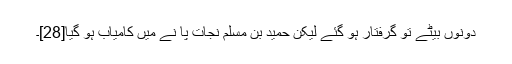
دونوں بیٹے تو گرفتار ہو گئے لیکن حمید بن مسلم نجات پا نے میں کامیاب ہو گیا[28]۔